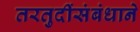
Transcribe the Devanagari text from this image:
तरतुदींसंबंधाने